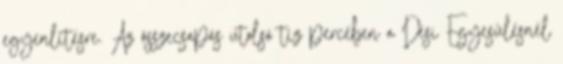
egyenlítésre. Az összecsapás utolsó tíz percében a Dési Egyesülésnél